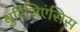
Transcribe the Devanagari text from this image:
थुरिंजिएंसिस